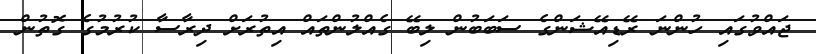
ޖައްވުގައި ހުންނަ ރޭޑިއޭޝަންގެ ސަބަބުން ލިބޭ ގެއްލުންތައް އިތުރަށް ދިރާސާ ކުރުމުގެ ގޮތުން